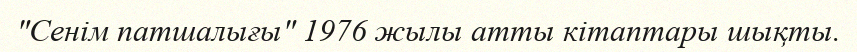
"Сенім патшалығы" 1976 жылы атты кітаптары шықты.